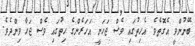
ބޭނުންވީ އެގޮތެވެ. އެހިތުގައި ވެސް ޖަހަނީ އަހަރެންގެ ހިތުގައި ވެސް ޖަހާ ވިންދެވެ.